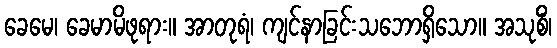
ခေမေ၊ ခေမာမိဖုရား။ အာတုရံ၊ ကျင်နာခြင်းသဘောရှိသော။ အသုစိံ၊